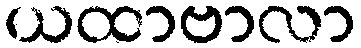
ယထာဗာလာ